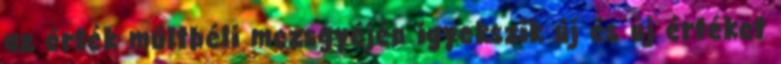
az érték múltbéli mezsgyéjén igyekszik új és új értéket